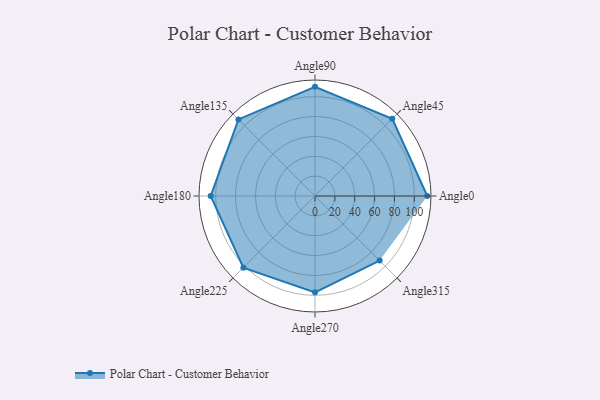
{"axis": {"x": "Angle", "y": "Radius"}, "legend": [""], "data": [{"x": "Angle0", "y": 113.0, "type": ""}, {"x": "Angle45", "y": 110.0, "type": ""}, {"x": "Angle90", "y": 110.0, "type": ""}, {"x": "Angle135", "y": 109.0, "type": ""}, {"x": "Angle180", "y": 105.0, "type": ""}, {"x": "Angle225", "y": 102.0, "type": ""}, {"x": "Angle270", "y": 97.0, "type": ""}, {"x": "Angle315", "y": 92.0, "type": ""}]}